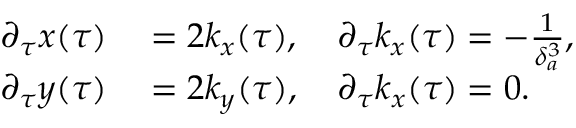
\begin{array} { r l } { \partial _ { \tau } x ( \tau ) } & { { } = 2 k _ { x } ( \tau ) , \quad \partial _ { \tau } k _ { x } ( \tau ) = - \frac { 1 } { \delta _ { a } ^ { 3 } } , } \\ { \partial _ { \tau } y ( \tau ) } & { { } = 2 k _ { y } ( \tau ) , \quad \partial _ { \tau } k _ { x } ( \tau ) = 0 . } \end{array}